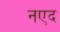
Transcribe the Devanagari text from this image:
नएद